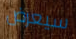
سيعرض